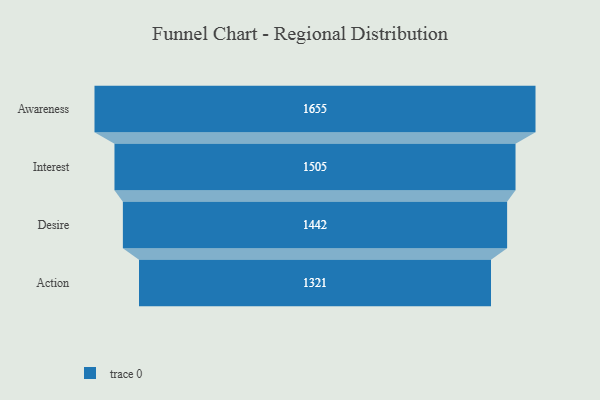
{"axis": {"x": "Stage", "y": "Value"}, "legend": [""], "data": [{"x": "Awareness", "y": 1655.0, "type": ""}, {"x": "Interest", "y": 1505.0, "type": ""}, {"x": "Desire", "y": 1442.0, "type": ""}, {"x": "Action", "y": 1321.0, "type": ""}]}